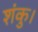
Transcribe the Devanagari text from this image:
शंकु।